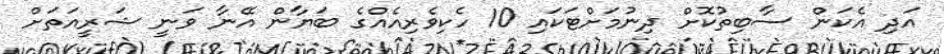
އަދި އެކަން ސާބިތުކޮށް ދިނުމަށްޓަކައި 10 ހެކިވެރިއެއްގެ ބަޔާން އޭނާ ވަނީ ޝަރީއަތަށް